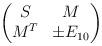
LaTeX: \begin{align*}\begin{pmatrix}S & M \\M^T & \pm E_{10}\end{pmatrix}\end{align*}